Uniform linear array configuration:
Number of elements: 16
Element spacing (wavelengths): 0.5
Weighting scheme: cosine
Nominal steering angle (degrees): -15
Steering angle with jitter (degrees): -16.874
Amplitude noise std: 0.05
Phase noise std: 0.05

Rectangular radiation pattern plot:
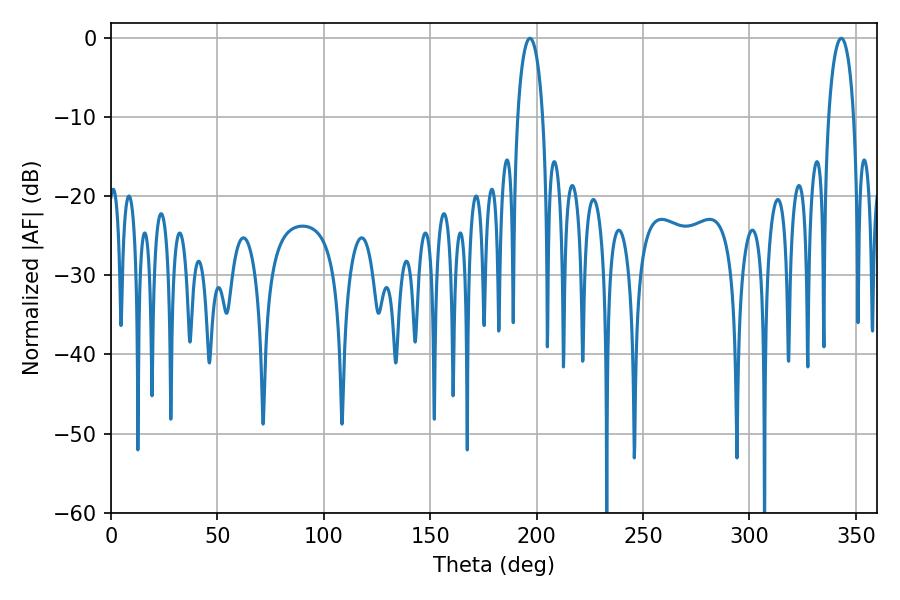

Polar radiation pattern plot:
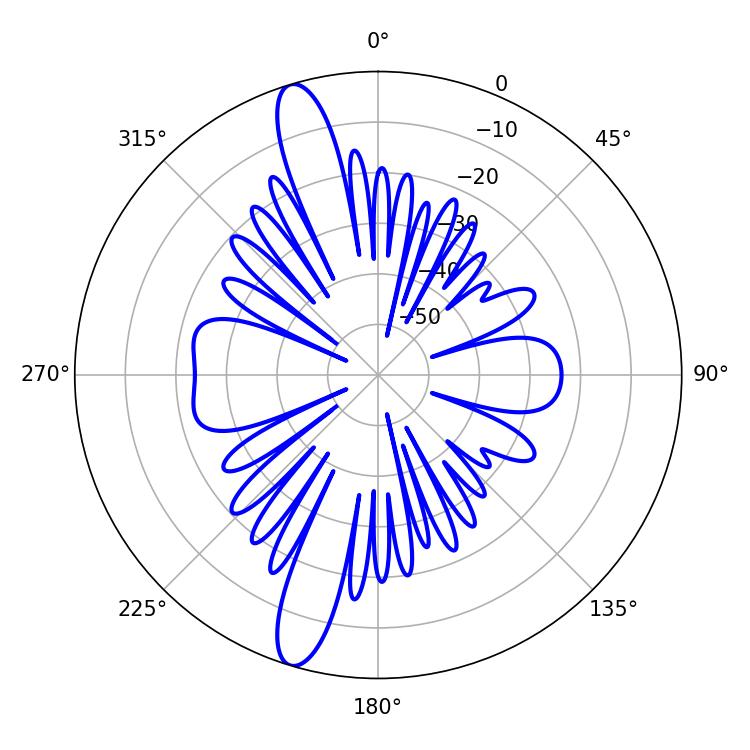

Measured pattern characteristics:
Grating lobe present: FALSE
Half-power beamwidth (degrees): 6.84
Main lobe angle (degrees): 196.92